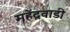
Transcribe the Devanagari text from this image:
महेंद्रवाडी